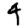
Digit: 4